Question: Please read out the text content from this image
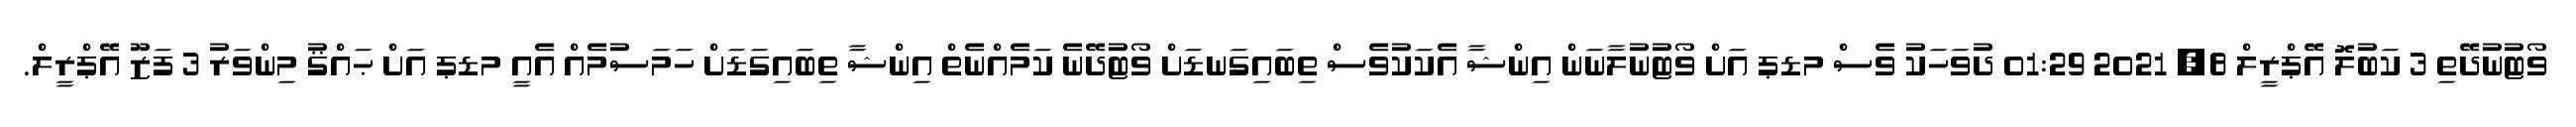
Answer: ވޯޓުނުދޭތި 3 ކަބުލޮ އޭޕްރީލް 8, 2021 01:29 ދުވަހަކު ވެސް މޑޕ އަށް ވޯޓުނުލާނަން އިންޝާ އެކަކުވެސް ތިބައިގަނޑަށް ވޯޓުދޭނެ ކަމެއްނެތް އިންޝާ ތިބައިގަޑަށް ހަމަސުމެއް އެއީ މޑޕ އަށް ޙައްޤު މިންވަރު 3 ފަޒޫ އޭޕްރީލް.